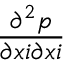
\frac { { { \partial } ^ { 2 } } { p } } { \partial { { x } { i } } \partial { { x } { i } } }